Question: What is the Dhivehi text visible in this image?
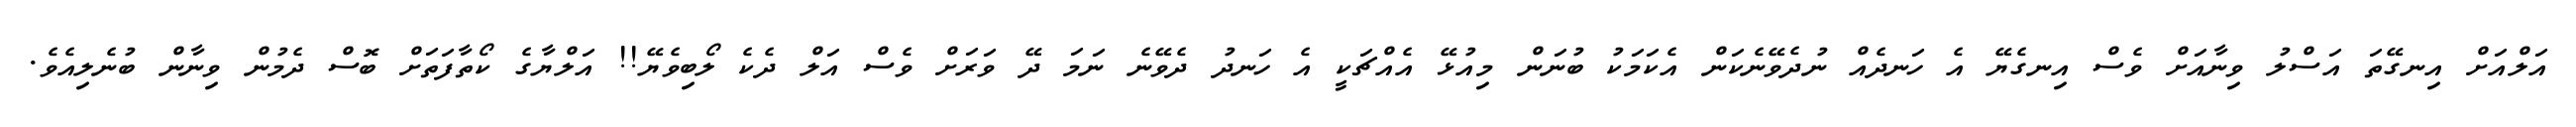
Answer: އަލްއަށް އިނގޭތަ އަސްލު ވިނާއަށް ވެސް އިނގެޔޭ އެ ހަނދެއް ނުދެވޭނެކަން އެކަމަކު ބުނަން މިއުޅޭ އެއްޗަކީ އެ ހަނދު ދެވޭނެ ނަމަ ދޭ ވަރަށް ވެސް އަލް ދެކެ ލޯބިވެޔޭ!! އަލްޔާގެ ކޯތާފަތަށް ބޮސް ދެމުން ވިނާން ބުނެލިއެވެ.